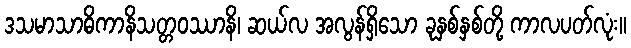
ဒသမာသာဓိကာနိသတ္တဝဿာနိ၊ ဆယ်လ အလွန်ရှိသော ခုနှစ်နှစ်တို့ ကာလပတ်လုံး။